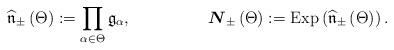
LaTeX: \begin{align*}\widehat{\mathfrak{n}}_{\pm}\left(\Theta\right) & :=\prod_{\alpha\in\Theta}\mathfrak{g}_{\alpha},&\boldsymbol{N}_{\pm}\left(\Theta\right) & :=\mathrm{Exp}\left(\widehat{\mathfrak{n}}_{\pm}\left(\Theta\right)\right).\end{align*}